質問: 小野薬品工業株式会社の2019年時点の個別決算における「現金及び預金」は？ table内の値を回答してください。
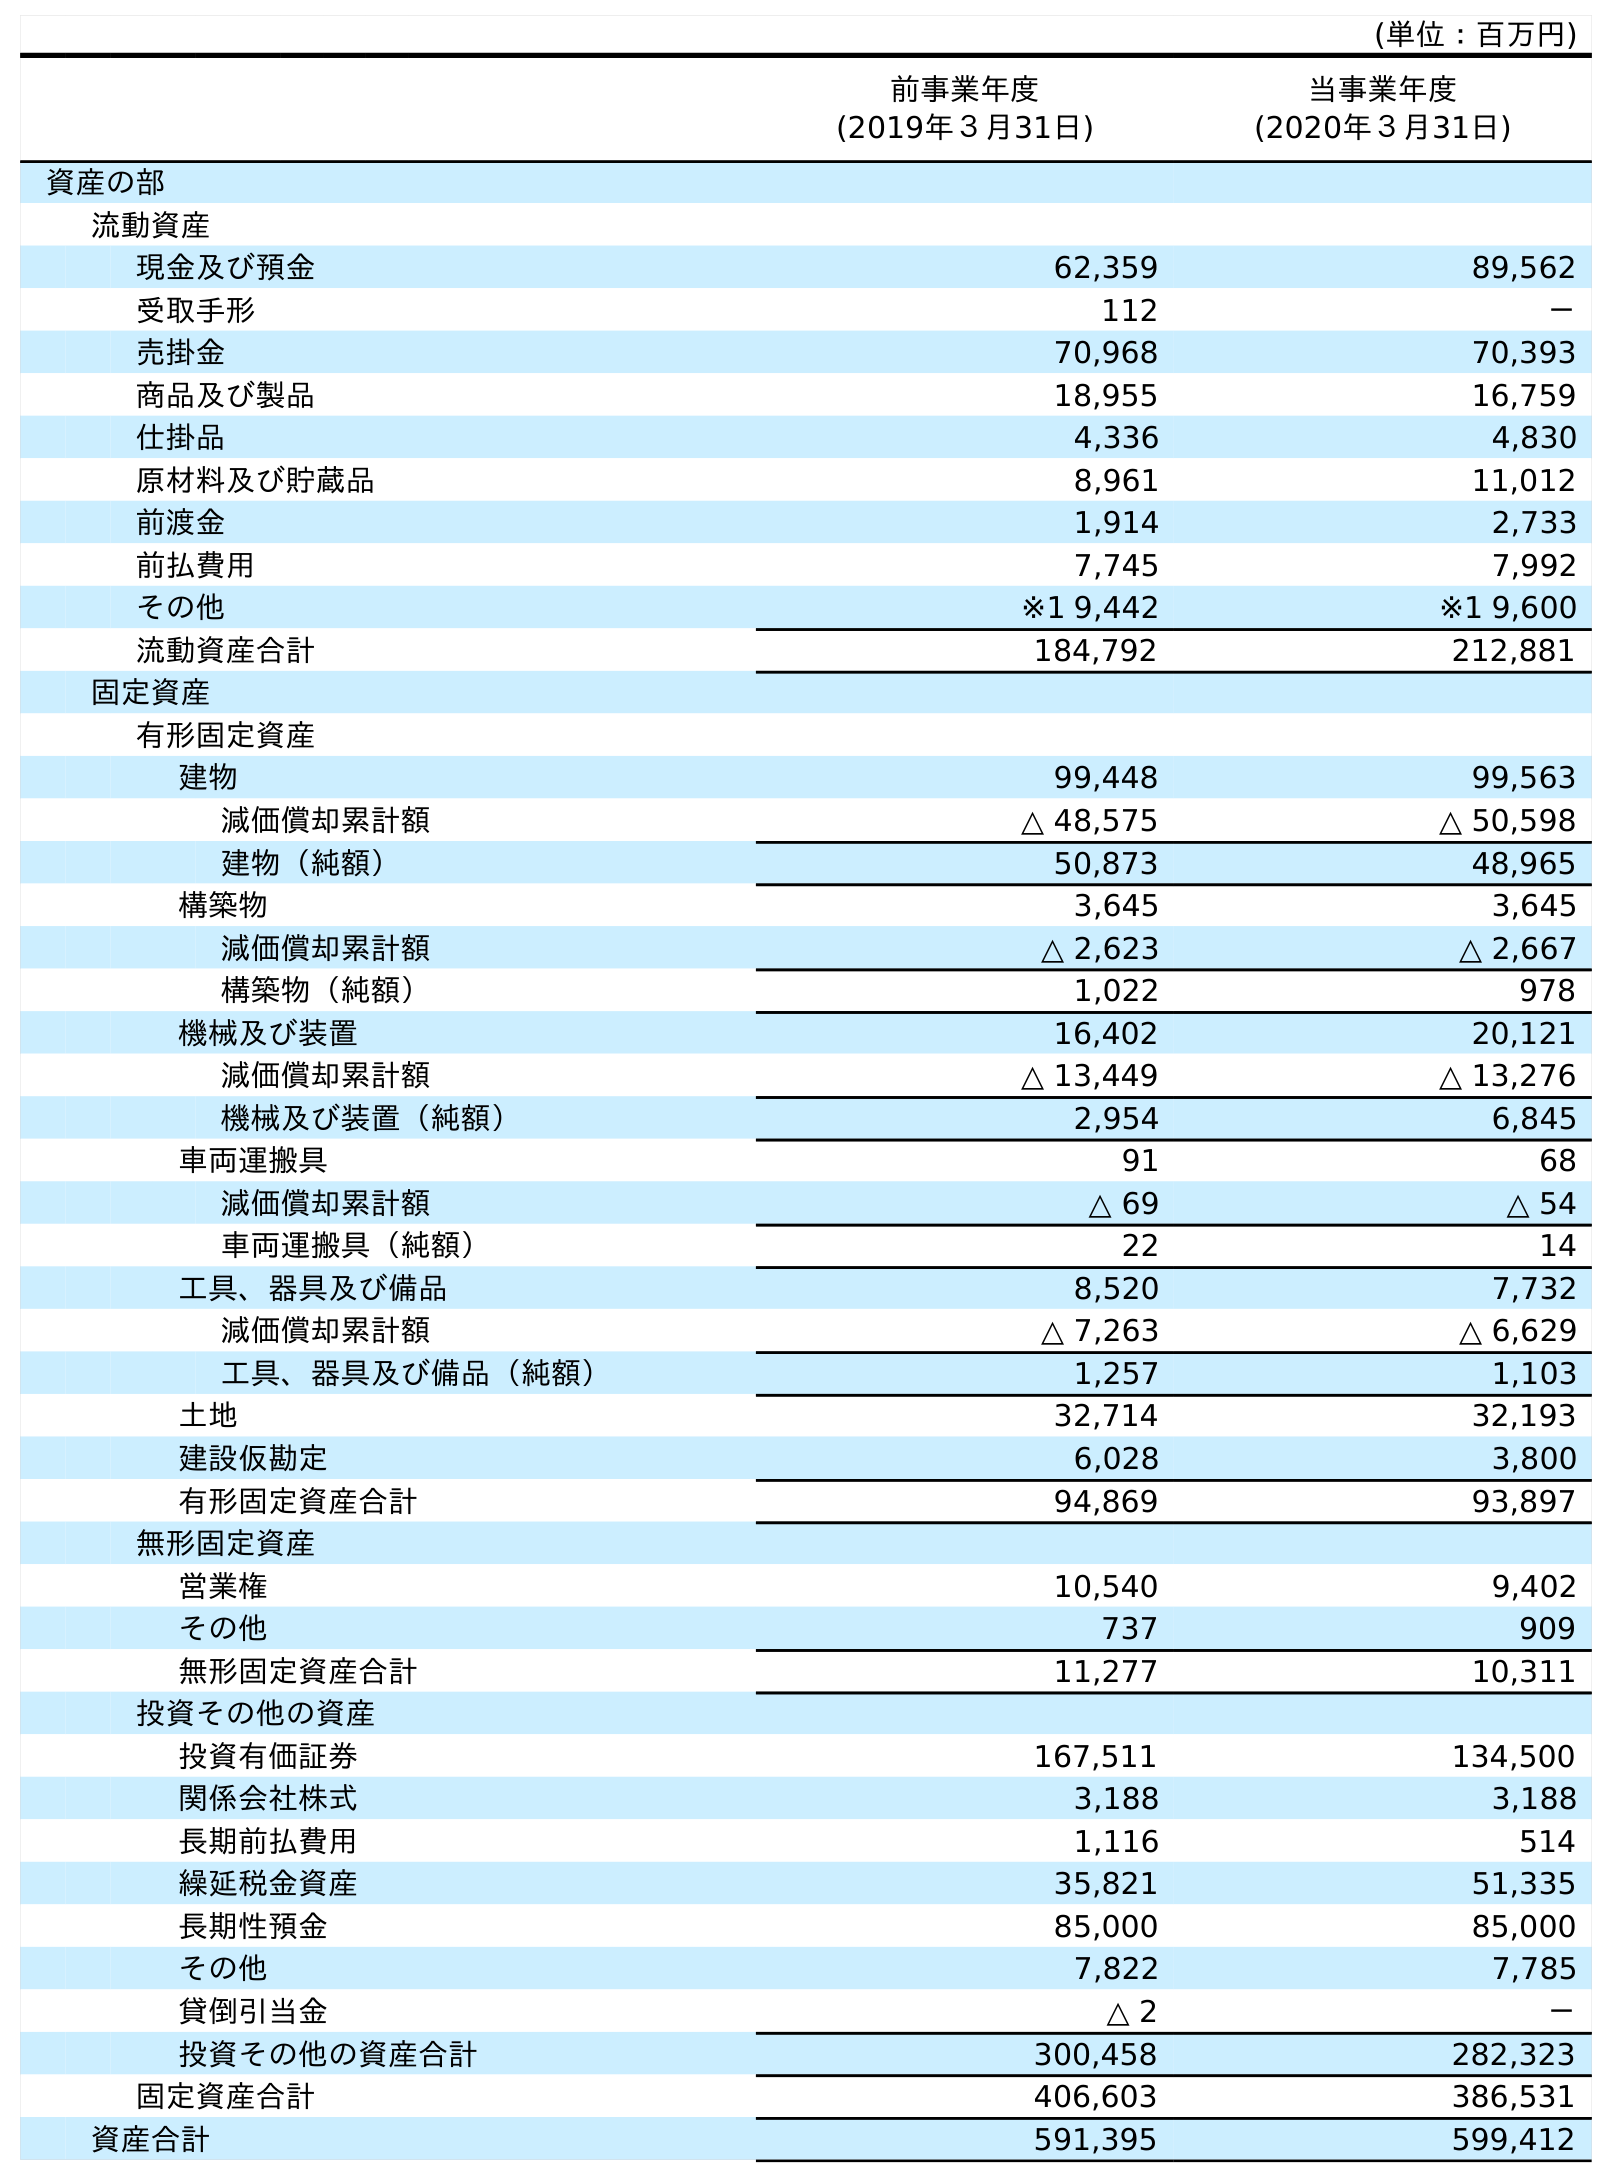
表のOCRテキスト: (単位：百万円) 前事業年度 (2019年３月31日) 当事業年度 (2020年３月31日) 資産の部 流動資産 現金及び預金 62,359 89,562 受取手形 112 － 売掛金 70,968 70,393 商品及び製品 18,955 16,759 仕掛品 4,336 4,830 原材料及び貯蔵品 8,961 11,012 前渡金 1,914 2,733 前払費用 7,745 7,992 その他 ※1 9,442 ※1 9,600 流動資産合計 184,792 212,881 固定資産 有形固定資産 建物 99,448 99,563 減価償却累計額 △ 48,575 △ 50,598 建物（純額） 50,873 48,965 構築物 3,645 3,645 減価償却累計額 △ 2,623 △ 2,667 構築物（純額） 1,022 978 機械及び装置 16,402 20,121 減価償却累計額 △ 13,449 △ 13,276 機械及び装置（純額） 2,954 6,845 車両運搬具 91 68 減価償却累計額 △ 69 △ 54 車両運搬具（純額） 22 14 工具、器具及び備品 8,520 7,732 減価償却累計額 △ 7,263 △ 6,629 工具、器具及び備品（純額） 1,257 1,103 土地 32,714 32,193 建設仮勘定 6,028 3,800 有形固定資産合計 94,869 93,897 無形固定資産 営業権 10,540 9,402 その他 737 909 無形固定資産合計 11,277 10,311 投資その他の資産 投資有価証券 167,511 134,500 関係会社株式 3,188 3,188 長期前払費用 1,116 514 繰延税金資産 35,821 51,335 長期性預金 85,000 85,000 その他 7,822 7,785 貸倒引当金 △ 2 － 投資その他の資産合計 300,458 282,323 固定資産合計 406,603 386,531 資産合計 591,395 599,412
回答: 62,359